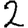
Digit: 2